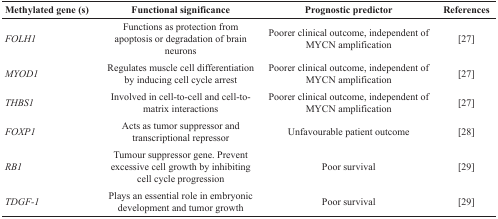
<table><thead><tr><td><b>Methylated gene (s)</b></td><td><b>Functional significance</b></td><td><b>Prognostic predictor</b></td><td><b>References</b></td></tr></thead><tbody><tr><td><i>FOLH1</i></td><td>Functions as protection from apoptosis or degradation of brain neurons</td><td>Poorer clinical outcome, independent of MYCN amplification</td><td>[27]</td></tr><tr><td><i>MYOD1</i></td><td>Regulates muscle cell differentiation by inducing cell cycle arrest</td><td>Poorer clinical outcome, independent of MYCN amplification</td><td>[27]</td></tr><tr><td><i>THBS1</i></td><td>Involved in cell-to-cell and cell-to-matrix interactions</td><td>Poorer clinical outcome, independent of MYCN amplification</td><td>[27]</td></tr><tr><td><i>FOXP1</i></td><td>Acts as tumor suppressor and transcriptional repressor</td><td>Unfavourable patient outcome</td><td>[28]</td></tr><tr><td><i>RB1</i></td><td>Tumour suppressor gene. Prevent excessive cell growth by inhibiting cell cycle progression</td><td>Poor survival</td><td>[29]</td></tr><tr><td><i>TDGF-1</i></td><td>Plays an essential role in embryonic development and tumor growth</td><td>Poor survival</td><td>[29]</td></tr></tbody></table>